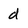
Character: d